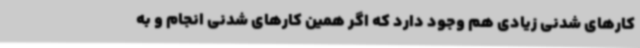
کارهای شدنی زیادی هم وجود دارد که اگر همین کارهای شدنی انجام و به